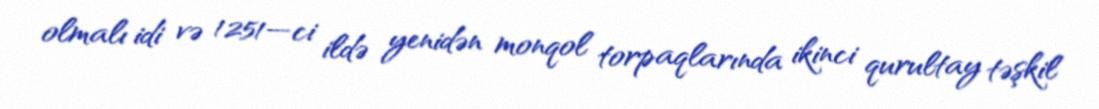
olmalı idi və 1251—ci ildə yenidən monqol torpaqlarında ikinci qurultay təşkil